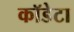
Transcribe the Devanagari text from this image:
कॉडेटा